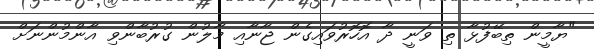
"ޔާމީން ތިބޭފުޅާ ތި ވަނީ ދާ އޮހޮރުވައިގެން ޖާނާއި މާލުން ގުރުބާންވި އާންމުންނަށް